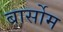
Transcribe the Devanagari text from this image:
बार्सोम